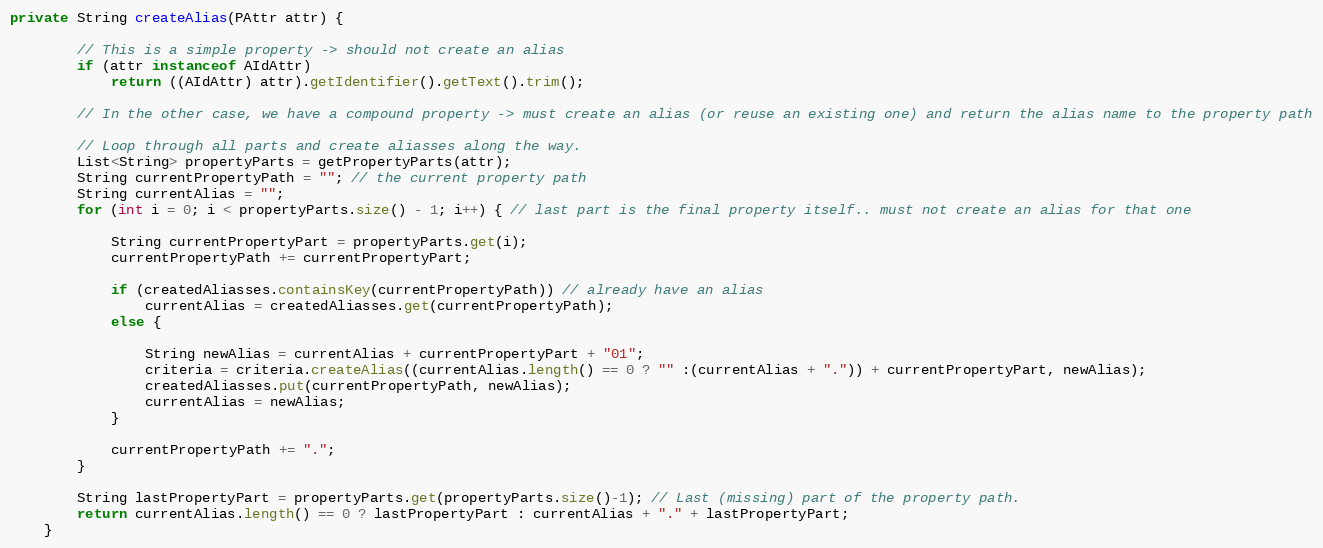
Language: Java
private String createAlias(PAttr attr) {

        // This is a simple property -> should not create an alias
        if (attr instanceof AIdAttr)
            return ((AIdAttr) attr).getIdentifier().getText().trim();

        // In the other case, we have a compound property -> must create an alias (or reuse an existing one) and return the alias name to the property path

        // Loop through all parts and create aliasses along the way.
        List<String> propertyParts = getPropertyParts(attr);
        String currentPropertyPath = ""; // the current property path
        String currentAlias = "";
        for (int i = 0; i < propertyParts.size() - 1; i++) { // last part is the final property itself.. must not create an alias for that one

            String currentPropertyPart = propertyParts.get(i);
            currentPropertyPath += currentPropertyPart;

            if (createdAliasses.containsKey(currentPropertyPath)) // already have an alias
                currentAlias = createdAliasses.get(currentPropertyPath);
            else {

                String newAlias = currentAlias + currentPropertyPart + "01";
                criteria = criteria.createAlias((currentAlias.length() == 0 ? "" :(currentAlias + ".")) + currentPropertyPart, newAlias);
                createdAliasses.put(currentPropertyPath, newAlias);
                currentAlias = newAlias;
            }

            currentPropertyPath += ".";
        }

        String lastPropertyPart = propertyParts.get(propertyParts.size()-1); // Last (missing) part of the property path.
        return currentAlias.length() == 0 ? lastPropertyPart : currentAlias + "." + lastPropertyPart;
    }